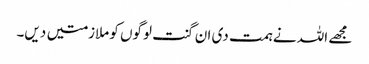
مجھے اللہ نے ہمت دی ان گنت لوگوں کو ملازمتیں دیں۔